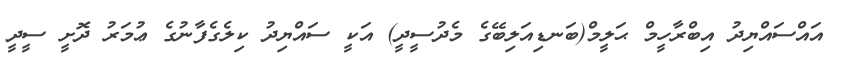
އައްސައްޔިދު އިބްރާހީމް ޙަލީމް(ބަނޑިއަލިބޭގެ މެދުސީދީ) އަކީ ސައްޔިދު ކިލެގެފާނުގެ ޢުމަރު ދޮށީ ސީދީ